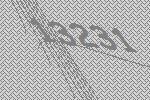
13231